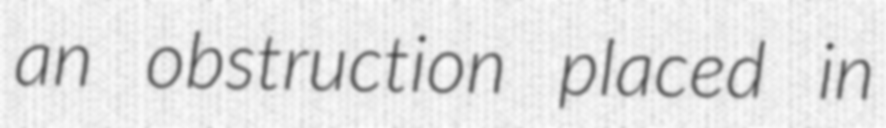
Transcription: an obstruction placed in